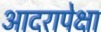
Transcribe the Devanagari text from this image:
आदरापेक्षा